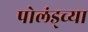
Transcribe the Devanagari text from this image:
पोलंड्च्या